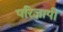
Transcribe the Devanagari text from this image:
परिज्ञापी